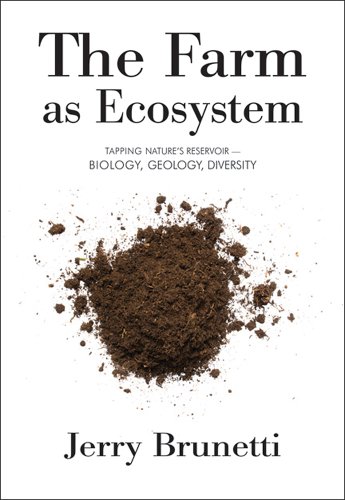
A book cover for The Farm as Ecosystem; Jerry Brunetti; Science & Math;